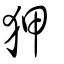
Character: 狎